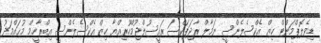
ޑިވެލޮޕްމަންޓް ހިޒް އެކްސެލެންސީ ނަމާލް ރާޖަޕަކްސަ ރައީސުލްޖުމްހޫރިއްޔާ ހިޒް އެކްސެލެންސީ އިބްރާހީމް މުޙައްމަދު